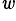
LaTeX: ^{\mathit{w}}